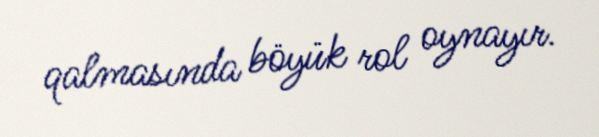
qalmasında böyük rol oynayır.